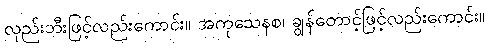
လှည်းဘီးဖြင့်လည်းကောင်း။ အကုသေနစ၊ ချွန်တောင့်ဖြင့်လည်းကောင်း။